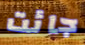
جائت